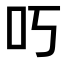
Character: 𫩐